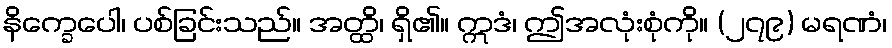
နိက္ခေပေါ၊ ပစ်ခြင်းသည်။ အတ္ထိ၊ ရှိ၏။ ဣဒံ၊ ဤအလုံးစုံကို။ (၂၇၉) မရဏံ၊